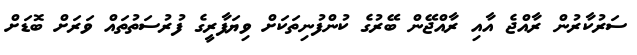
ސަރުކާރުން ރާއްޖެ އާއި ރާއްޖޭން ބޭރުގެ ކުންފުނިތަކަށް ވިޔަފާރީގެ ފުރުސަތުތައް ވަރަށް ބޮޮޑަށް